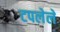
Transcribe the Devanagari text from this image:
टपलेले